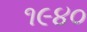
૧૯૪૦